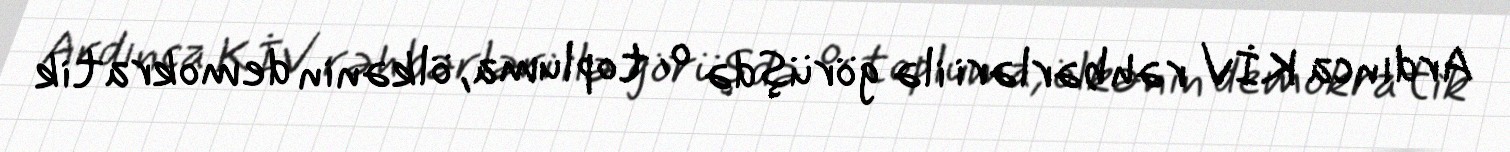
Ardınca KİV rəhbərləri ilə görüşdə o, topluma, ölkənin demokratik